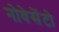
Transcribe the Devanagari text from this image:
नोवेसेंटो